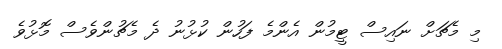
މި މެޗަށް ނައިސް ޓީމުން އެންމެ ފަހުން ކުޅުނު ދެ މެޗުންވެސް މޮޅުވެ